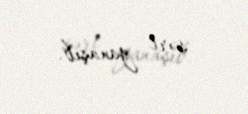
sərt yanaşıb.